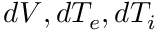
d V , d T _ { e } , d T _ { i }